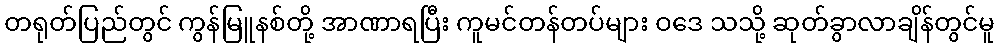
တရုတ်ပြည်တွင် ကွန်မြူနစ်တို့ အာဏာရပြီး ကူမင်တန်တပ်များ ဝဒေ သသို့ ဆုတ်ခွာလာချိန်တွင်မူ